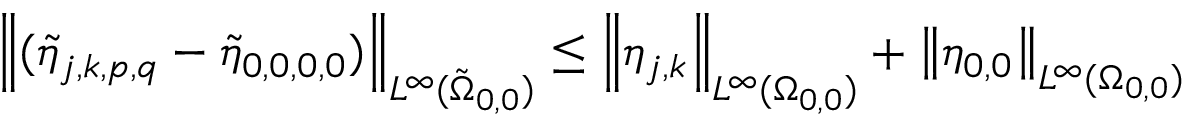
\left\| ( \tilde { \eta } _ { j , k , p , q } - \tilde { \eta } _ { 0 , 0 , 0 , 0 } ) \right\| _ { L ^ { \infty } ( \tilde { \Omega } _ { 0 , 0 } ) } \leq \left\| \eta _ { j , k } \right\| _ { L ^ { \infty } ( \Omega _ { 0 , 0 } ) } + \left\| \eta _ { 0 , 0 } \right\| _ { L ^ { \infty } ( \Omega _ { 0 , 0 } ) }